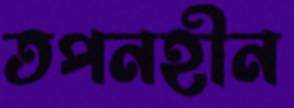
তপনহীন